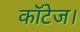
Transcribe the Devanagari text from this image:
कॉटेज।